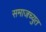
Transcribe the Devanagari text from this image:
समाजच्युत